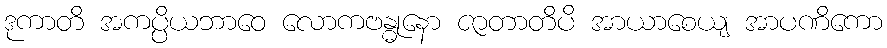
ဒုကာတိ အကပ္ပိယဘာဝေ လောကဗန္ဓုနော ဇာတာတိပိ အာယာစေယျ အာပဏိကော